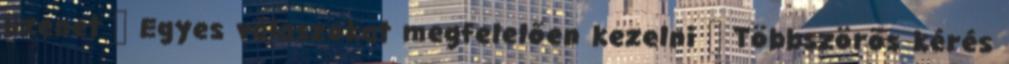
üzenet ● Egyes válaszokat megfelelően kezelni ● Többszörös kérés